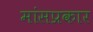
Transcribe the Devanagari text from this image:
मांसप्रकार